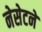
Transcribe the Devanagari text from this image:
नेसेटने